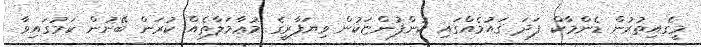
މީގެއިތުރުން ޑެންމާކް ފަދަ ޤައުމެއްގައި ކުންފުންޏަކުން ވިޔަފާރީގެ މުޢާމަލާތެއްް ކުރަން ބޭނުން ކަމުގައިވާ